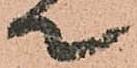
て